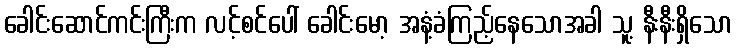
ခေါင်းဆောင်ကင်းကြီးက လင့်စင်ပေါ် ခေါင်းမော့ အနံ့ခံကြည့်နေသောအခါ သူ့ နီးနီးရှိသော